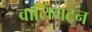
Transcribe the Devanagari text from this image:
वालिंगटन